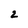
Character: 2